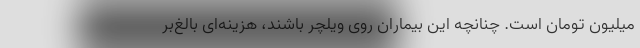
میلیون تومان است. چنانچه این بیماران روی ویلچر باشند، هزینه‌ای بالغ‌بر